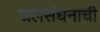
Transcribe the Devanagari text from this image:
जलसंधनाची